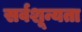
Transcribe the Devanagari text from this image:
सर्वशून्यता